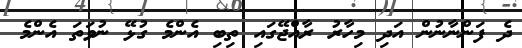
ދެ ފަންނާނުން އަދި މިހާރު ރާއްޖޭގައި ތިބި އެންމެ ގުޅޭ ނުވަތަ އެންމެ